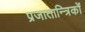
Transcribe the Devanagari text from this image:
प्रजातान्त्रिकों